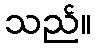
သည်။